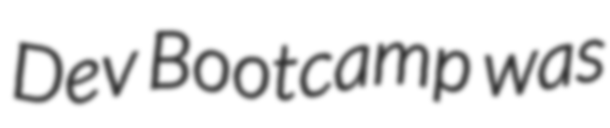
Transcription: Dev Bootcamp was